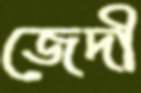
জেদী